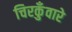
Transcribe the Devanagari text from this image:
चिरकुँवारे